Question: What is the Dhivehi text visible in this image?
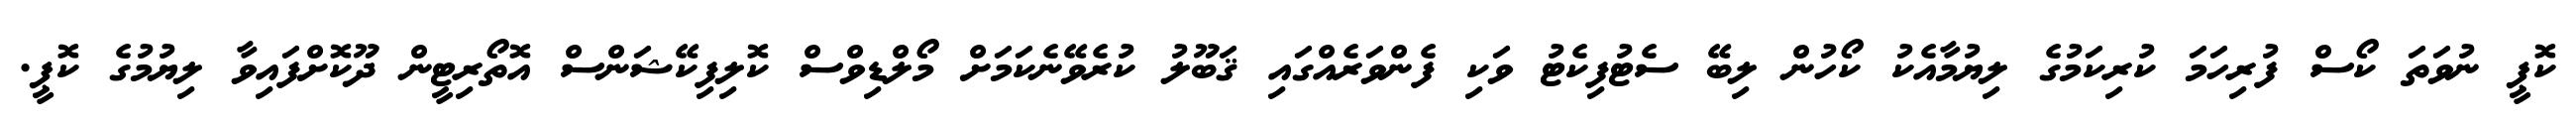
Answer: ކޮޕީ ނުވަތަ ކޯސް ފުރިހަމަ ކުރިކަމުގެ ލިޔުމާއެކު ކޯހުން ލިބޭ ސެޓުފިކެޓު ވަކި ފެންވަރެއްގައި ޤަބޫލު ކުރެވޭނެކަމަށް މޯލްޑިވްސް ކޮލިފިކޭޝަންސް އޮތޯރިޓީން ދޫކޮށްފައިވާ ލިޔުމުގެ ކޮޕީ.